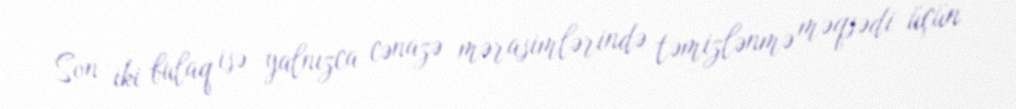
Son iki bulaq isə yalnızca cənazə mərasimlərində təmizlənmə məqsədi üçün